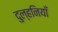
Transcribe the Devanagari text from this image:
दुल्हनियाँ